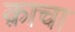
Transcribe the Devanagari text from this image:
क़ाचा